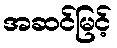
အဆင်မြင့်